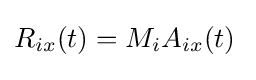
R_{ix}(t)=M_{i}A_{ix}(t){\frac {}{}}